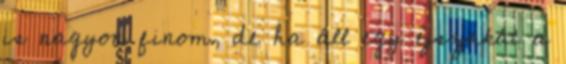
is nagyon finom, de ha áll egy éjszakát a